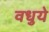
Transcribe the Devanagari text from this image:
वधुये